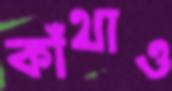
কাঁথাও